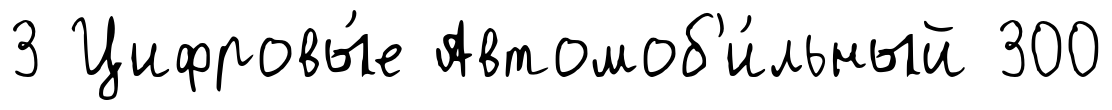
3 Цифровы́е Автомоб'и́льный 300